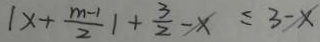
\vert x + \frac { m - 1 } { 2 } \vert + \frac { 3 } { 2 } - x \leq 3 - x